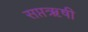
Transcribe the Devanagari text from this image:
सप्तऋषी